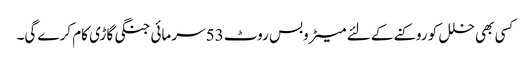
کسی بھی خلل کو روکنے کے لئے میٹروبس روٹ 53 سرمائی جنگی گاڑی کام کرے گی۔